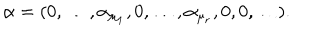
\alpha = ( 0 , \ldots , \alpha _ { \mu _ { 1 } } , 0 , \ldots , \alpha _ { \mu _ { r } } , 0 , 0 , \ldots ) .